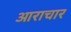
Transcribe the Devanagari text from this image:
आराचार